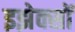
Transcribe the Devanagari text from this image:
इझेक्सों